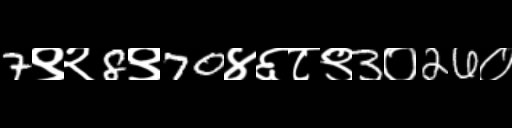
Text: 7९२8९70४६८९3०26०